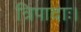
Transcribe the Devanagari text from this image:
त्रिपादाः।